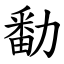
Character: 勫